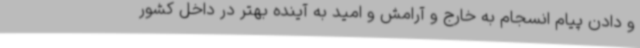
و دادن پیام انسجام به خارج و آرامش و امید به آینده بهتر در داخل کشور